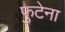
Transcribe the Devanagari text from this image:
फुटेना